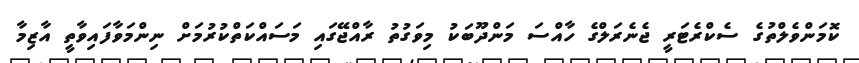
ކޮމަންވެލްތުގެ ސެކްރެޓަރީ ޖެނެރަލްގެ ހާއްސަ މަންދޫބަކު މިވަގުތު ރާއްޖޭގައި މަސައްކަތްކުރުމަށް ނިންމަވާފައިވާތީ އާޒިމާ